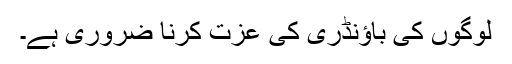
لوگوں کی باؤنڈری کی عزت کرنا ضروری ہے۔